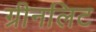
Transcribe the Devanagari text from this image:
ग्रीनलिट